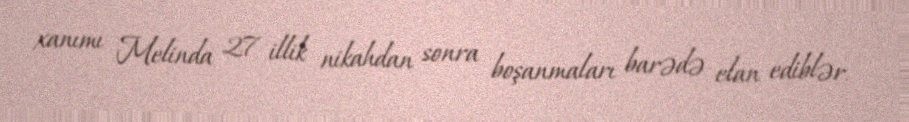
xanımı Melinda 27 illik nikahdan sonra boşanmaları barədə elan ediblər.